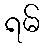
ရမ်